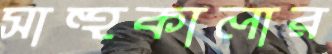
সাহুকালার